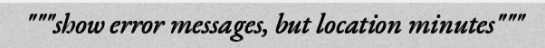
"""show error messages, but location minutes"""